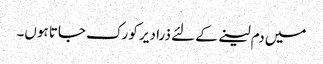
میں دم لینے کے لئے ذرا دیر کو رک جاتا ہوں۔